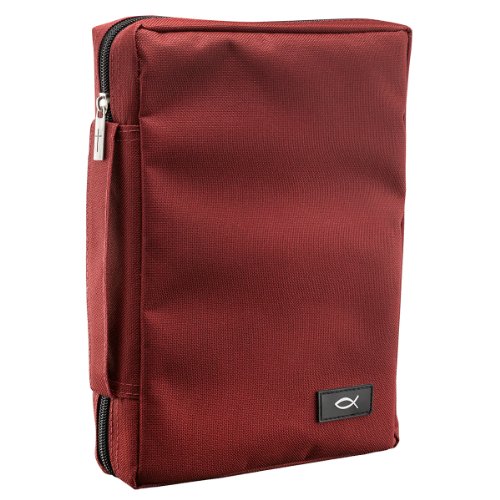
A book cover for Promo Poly-Canvas Bible / Book Cover w/Fish Applique (Large, Burgundy); Christian Art Gifts (Manufacturer); Christian Books & Bibles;